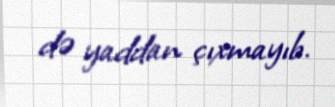
də yaddan çıxmayıb.